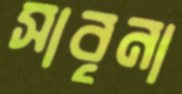
সাবৃনা